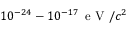
1 0 ^ { - 2 4 } - 1 0 ^ { - 1 7 } \, \textrm { e V } / c ^ { 2 }